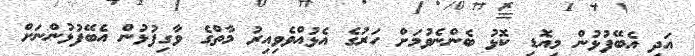
އަދި އެބޭފުޅުން މިއޮޑި ކޮޅު ބެންނެވުމަށް ހަރުގެ އެޅުއްވެވިއިރު މާތްގެ ވާގިފުޅުން އެބޭފުޅުންނަށް